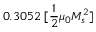
0 . 3 0 5 2 \; [ \frac { 1 } { 2 } \mu _ { 0 } M _ { s } ^ { 2 } ]